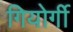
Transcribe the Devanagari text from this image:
गियोर्गी